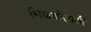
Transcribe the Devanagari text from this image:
मिळणेसाठी